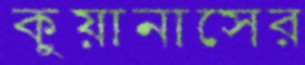
কুয়ানাসের